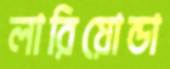
লারিয়োন্ডা